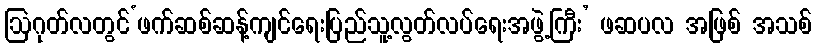
ဩဂုတ်လတွင်‘ဖက်ဆစ်ဆန့်ကျင်ရေးပြည်သူ့လွတ်လပ်ရေးအဖွဲ့ကြီး’ ဖဆပလ အဖြစ် အသစ်